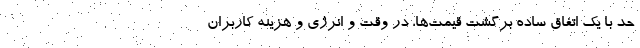
حد با یک اتفاق ساده برگشت قیمت‌ها، در وقت و انرژی و هزینه کاربران